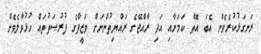
ރަނގަޅުކުރެވެން އެބަ އޮތް ކަމަށާއި އަދި ރާއްޖޭގެ ރައްޔިތުންނަށް ވަޒީފާގެ ފުރުޞަތުތައް ހުޅުވާލެވެން